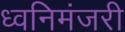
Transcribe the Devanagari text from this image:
ध्वनिमंजरी